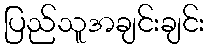
ပြည်သူအချင်းချင်း